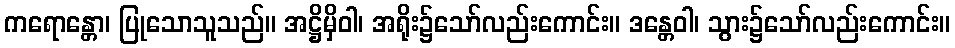
ကရောန္တော၊ ပြုသောသူသည်။ အဋ္ဌိမှိဝါ၊ အရိုး၌သော်လည်းကောင်း။ ဒန္တေဝါ၊ သွား၌သော်လည်းကောင်း။